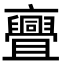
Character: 亹